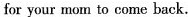
for your mom to come back.